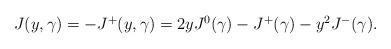
LaTeX: \begin{align*}\begin {array}{lcr}J(y,\gamma)=-J^{+}(y,\gamma)=2yJ^{0}(\gamma)-J^{+}(\gamma)-y^{2}J^{-}(\gamma).\end{array}\end{align*}